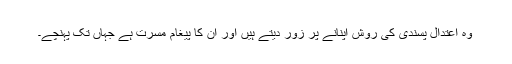
وہ اعتدال پسندی کی روش اپنانے پر زور دیتے ہیں اور ان کا پیغام مسرت ہے جہاں تک پہنچے۔